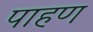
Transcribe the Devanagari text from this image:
पाहण